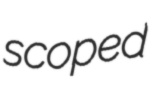
scoped